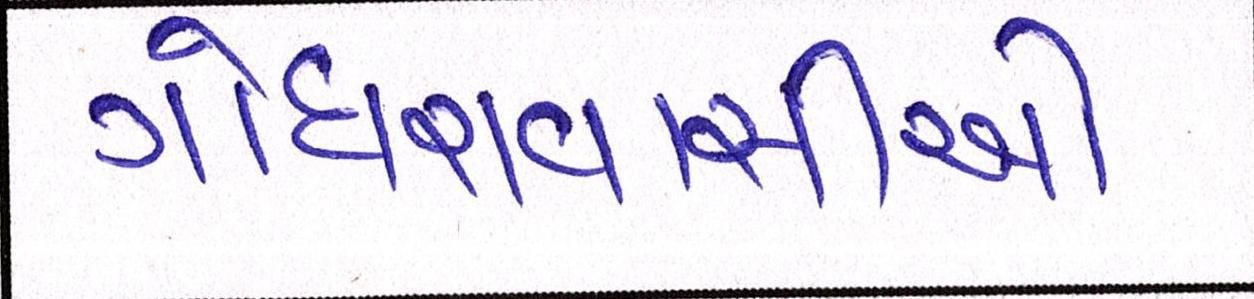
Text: ગોધરાવાસીઓ